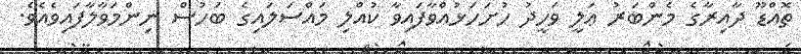
ތޮއްޑޫ ދާއިރާގެ މެންބަރު ޢަލީ ވަހީދު ހުށަހަޅުއްވާފައިވާ ކުއްލި މައްސަލައިގެ ބަހުސް ނިންމަވާލާފައިވެއެވެ.